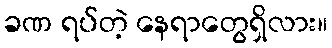
ခဏ ရပ်တဲ့ နေရာတွေရှိလား။